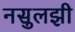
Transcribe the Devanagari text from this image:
नसुलझी